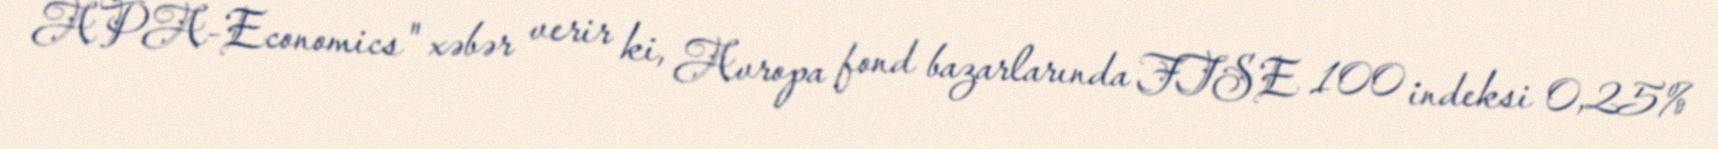
APA-Economics" xəbər verir ki, Avropa fond bazarlarında FTSE 100 indeksi 0,25%